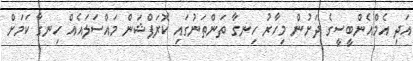
އަދި އެމްއެންބީސީގެ ދަށުން މިހާރު ހިނގާ ތަންތަނުގައި ކޮރަޕްޝަން މައްސަލައެއް ހިނގާ ކަމަށް